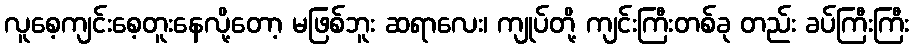
လူစေ့ကျင်းစေ့တူးနေလို့တော့ မဖြစ်ဘူး ဆရာလေး၊ ကျုပ်တို့ ကျင်းကြီးတစ်ခု တည်း ခပ်ကြီးကြီး